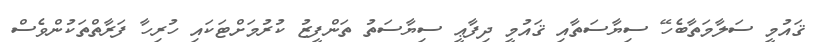
ޤައުމީ ސަލާމަތާބެހޭ ސިޔާސަތާއި ޤައުމީ ދިފާޢީ ސިޔާސަތު ތަންފީޒު ކުރުމަށްޓަކައި ހުރިހާ ފަރާތްތަކުންވެސް